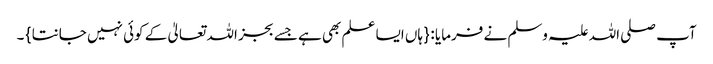
آپ صلی اللہ علیہ وسلم نے فرمایا : { ہاں ایسا علم بھی ہے جسے بجز اللہ تعالیٰ کے کوئی نہیں جانتا } ۔